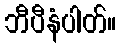
ဘီပီနံပါတ်။